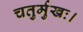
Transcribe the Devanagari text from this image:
चतुर्मुखः।